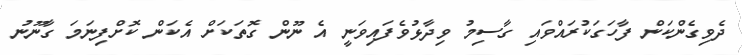
ދެވިގެންކަން ފާހަގަކުރައްވައި ގާސިމު ވިދާޅުވެފައިވަނީ އެ ނޫން ގޮތަކަށް އެކަން ކޮށްފިނަމަ ގާނޫނު